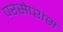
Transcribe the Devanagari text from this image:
परसेप्शंस